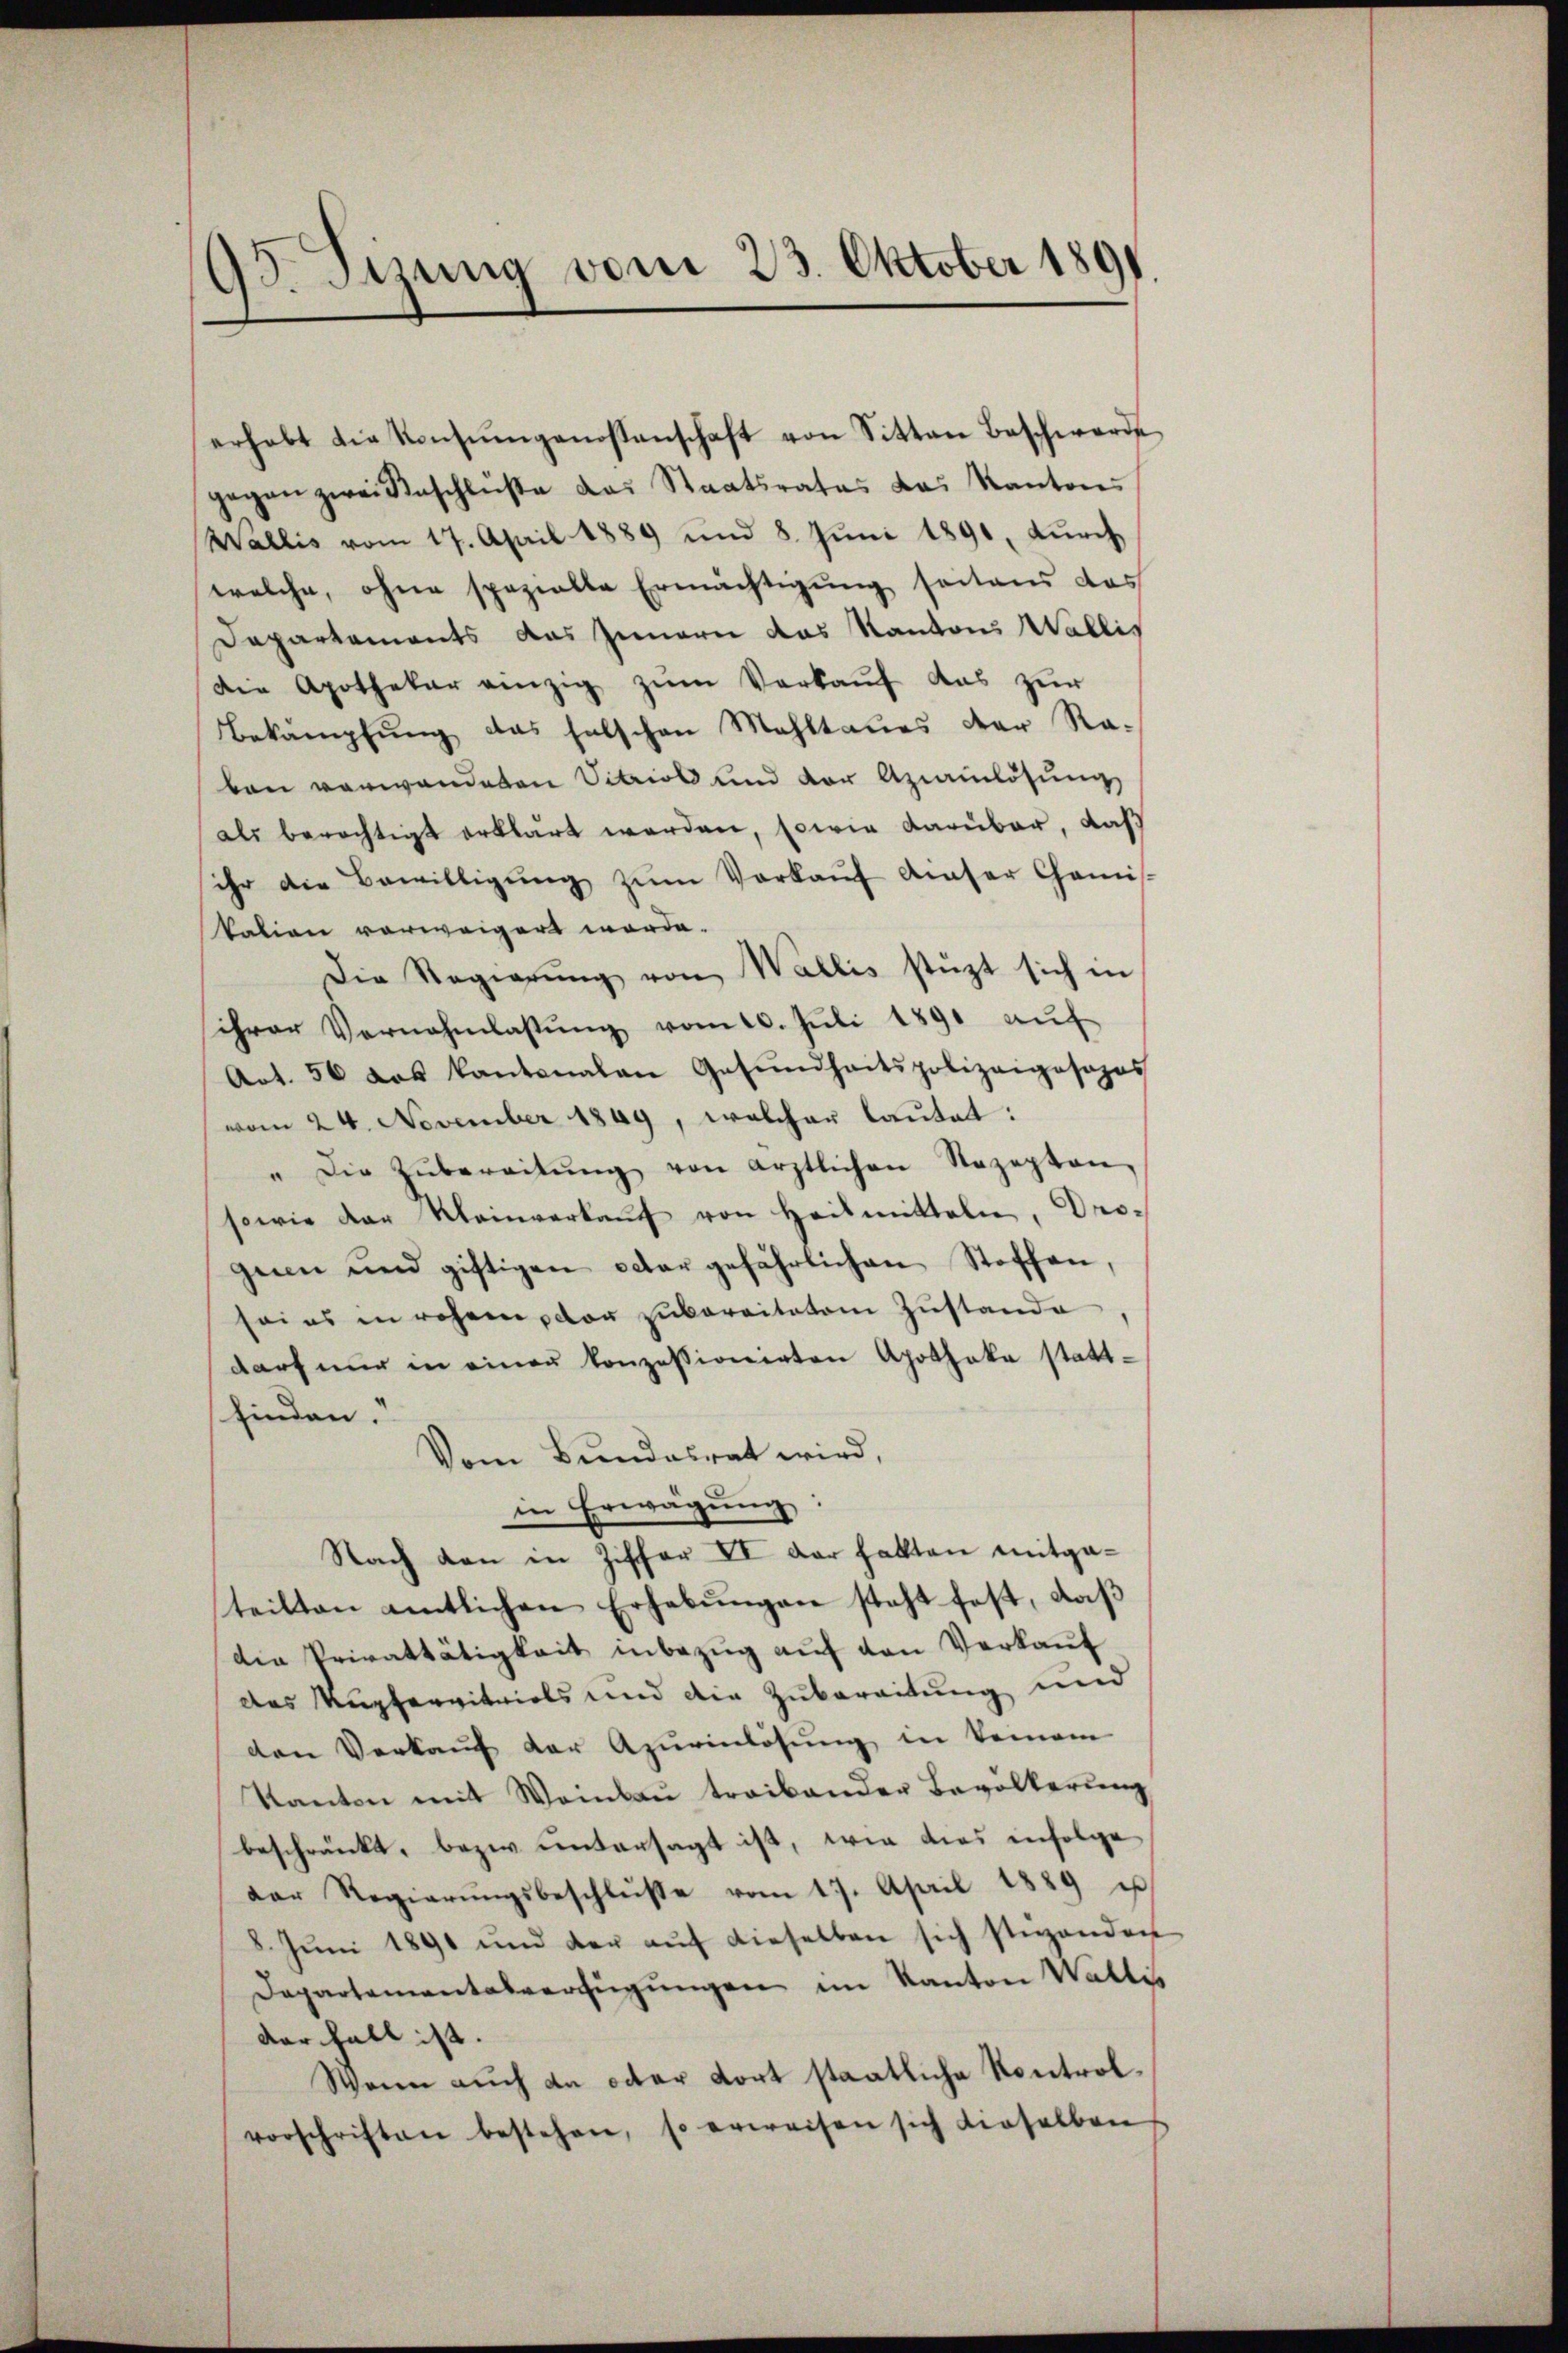
93. Sinung vom 23. Oktober 1891.

erhebt die Konsŭmgenossenschaft von Sitten Beschwerde
gegen zwei Beschlŭsse das Staatsrates das Kantons
Wallis vom 17. April 1889 und 8. Juni 1890, durch
welche, ohne spezielle Ermächtigung seitens das
Dapartements das Innern das Kantons Wallis
Die Apothekar einzig zum Verkauf das zur
Bekämpfŭng das falschen Mahltaŭes der Ra-
ben verwandeten Vitriol und der Aziainlösung
als berechtigt erklärt werden, sowie darüber, daß
ihr die Bewilligŭng zŭm Verkaŭf Ainser Camis-
kation vorweigert worde.
Die Regierŭng von Wallis stüzt sich in
sihrer Vernahmlassŭng vom 10. Jŭli 1890 aŭf
Art. 56 das kantonalen Gesŭndheitspolizeiposopos
vom 24. November 1849, welcher lautet:
" Die Zubereitŭng von ärztlichen Rezepten,
sowie der Weinverkaŭf von Heilmitteln, Dro-
geen und giftigen octor gefährlichen Stoffen,
sei es in rohem vor zubereitatem Zustande
darf nur in einen konzessionirten Apotheke stattfinden.“
Vom Bundesrat wird,
in Erwägŭng:
Nach den in Ziffer II der hatten mitga-
teilten amtlichen Erhebŭngen steht fest, daß
die Privattätigkeit inbezŭg aŭf den Verkaŭf
des Kupfervitriols und die Zubereitung und
den Verkaŭf der Apŭrinlösung in keinem
Kanton mit Weinbau treibender Bevölkerung
beschränkt, bezw. untersagt ist, wie dies infolge
Der Regierŭngsbeschlŭβe vom 17. April 1889 u
8. Jŭni 1890 und der aŭf dieselben sich stirenden
Departementalverfügŭngen im Kanton Wallis
der Fall ist.
Wann auch an oder dort staatliche Kontrolvorschriften bestehen, so erweisen sich dieselben